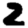
Digit: 2